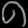
Digit: ၈